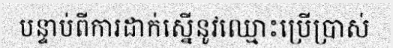
បន្ទាប់ពីការដាក់ស្នើនូវឈ្មោះប្រើប្រាស់